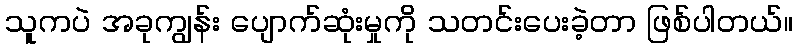
သူကပဲ အခုကျွန်း ပျောက်ဆုံးမှုကို သတင်းပေးခဲ့တာ ဖြစ်ပါတယ်။